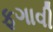
ફગાવી